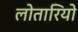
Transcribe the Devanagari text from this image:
लोतारियो